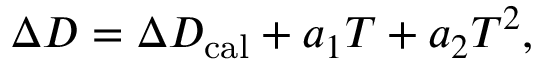
\Delta D = \Delta D _ { \mathrm { c a l } } + a _ { 1 } T + a _ { 2 } T ^ { 2 } ,